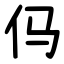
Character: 㐷